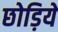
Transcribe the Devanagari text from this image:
छोड़िये